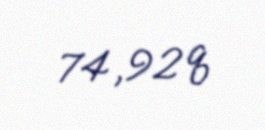
74,92 q